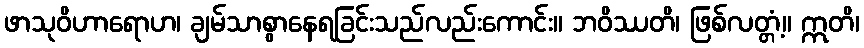
ဖာသုဝိဟာရောဟ၊ ချမ်သာစွာနေရခြင်းသည်လည်းကောင်း။ ဘဝိဿတိ၊ ဖြစ်လတ္တံ့။ ဣတိ၊